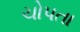
ચોપતા